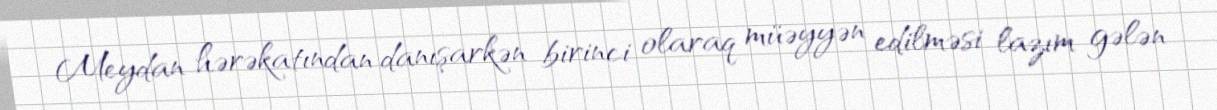
Meydan hərəkatından danışarkən birinci olaraq müəyyən edilməsi lazım gələn